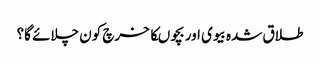
طلاق شدہ بیوی اور بچوںکا خرچ کون چلائے گا؟